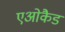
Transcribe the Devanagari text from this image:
एओकैड